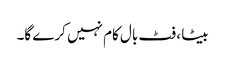
بیٹا ، فٹ بال کام نہیں کرے گا۔